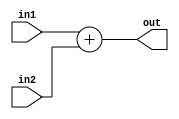
`timescale 1ns / 1ns
//////////////////////////////////////////////////////////////////////////////////
// Company: 
// Engineer: 
// 
// Design Name: 
// Module Name: adder16bit
// Project Name: 
// Target Devices: 
// Tool Versions: 
// Description: 
// 
// Dependencies: 
// 
// Revision:
// Revision 0.01 - File Created
// Additional Comments:
// 
//////////////////////////////////////////////////////////////////////////////////


module adder16bit(
 output reg [15:0] out,
 input [15:0] in1, 
 input [15:0] in2
 );

always @ (*)
 out = in1 +in2;

endmodule